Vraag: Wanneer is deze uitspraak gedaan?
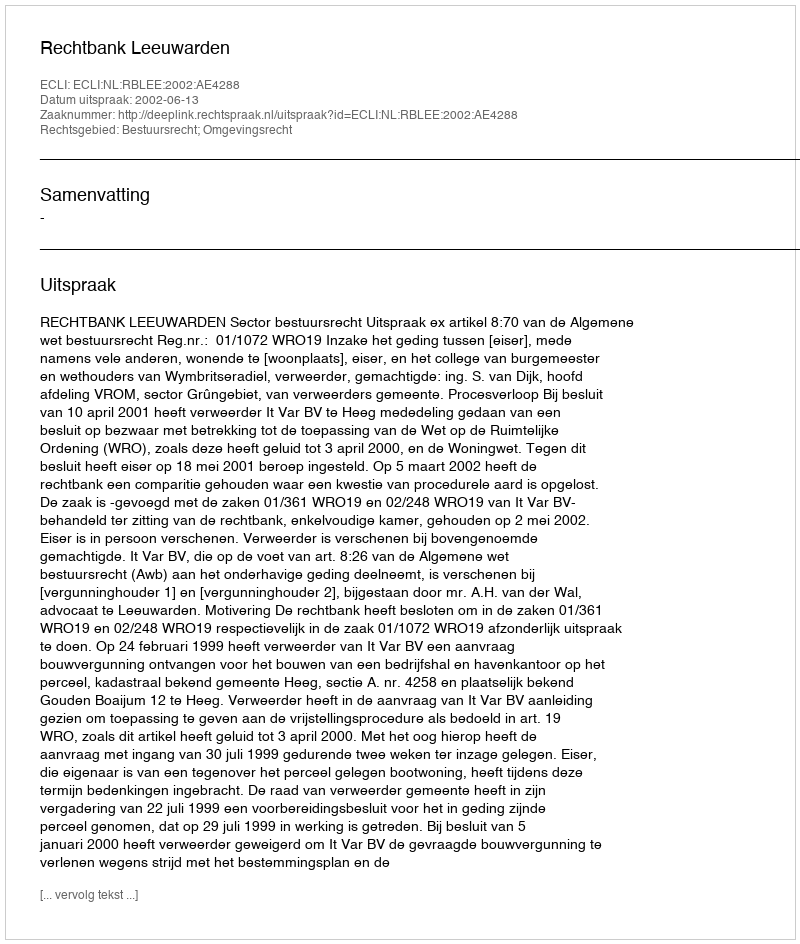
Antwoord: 2002-06-13